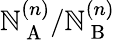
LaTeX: \mathbb{N}_{\mathrm{{~A~}}}^{(n)}/\mathbb{N}_{\mathrm{{~B~}}}^{(n)}